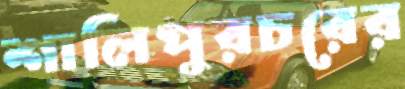
শালিপুরচরের